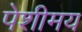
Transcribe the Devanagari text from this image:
पेशीमय